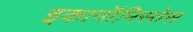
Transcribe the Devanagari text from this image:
इकानॉमिस्तेस